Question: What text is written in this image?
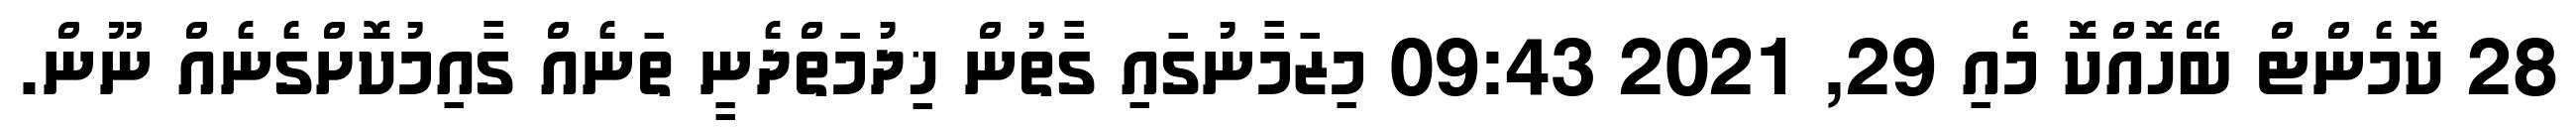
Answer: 28 ކޮމެންޓް ބޭހޮއްކޮ މެއި 29, 2021 09:43 މިޒަމާނުގައި ގާތުން ޚިދުމަތްދެނީ ތަނެއް ގާއިމުކޮށްގެނެއް ނޫން.